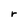
Character: r